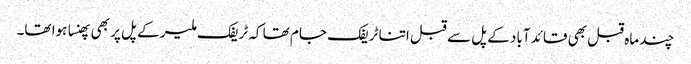
چند ماہ قبل بھی قائد آباد کے پل سے قبل اتنا ٹریفک جام تھا کہ ٹریفک ملیر کے پل پر بھی پھنسا ہوا تھا۔